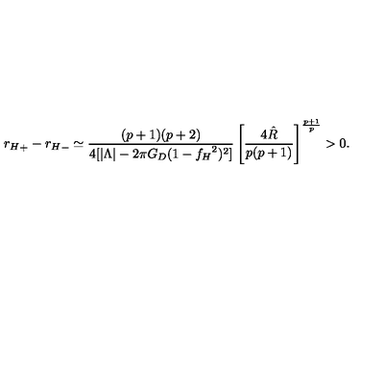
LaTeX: { r _ { H } } _ { + } - { r _ { H } } _ { - } \simeq \frac { ( p + 1 ) ( p + 2 ) } { 4 [ | \Lambda | - 2 \pi G _ { D } ( 1 - { f _ { H } } ^ { 2 } ) ^ { 2 } ] } \left[ \frac { 4 \hat { R } } { p ( p + 1 ) } \right] ^ { \frac { p + 1 } { p } } > 0 .